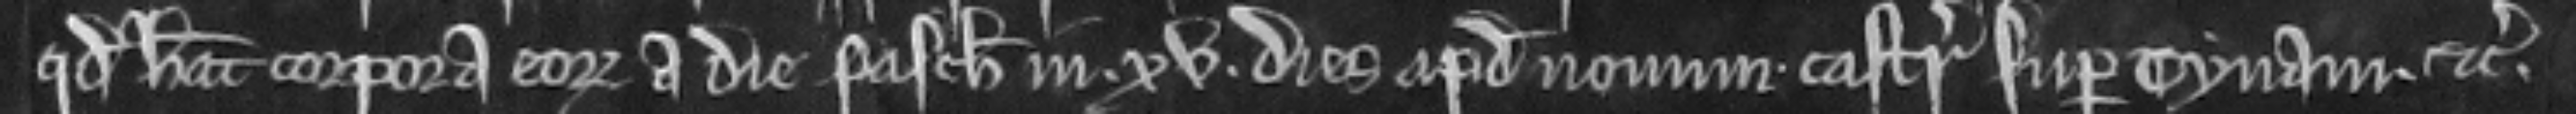
quod habeat corpora eorum a die Pasche in xv dies apud novum. castrum super Tynam. etc.